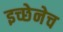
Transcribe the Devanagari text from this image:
इच्छेनेच